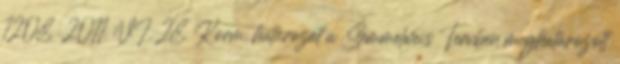
1208 2011. VI. 28. Korm. határozat a Semmelweis Tervben meghatározott